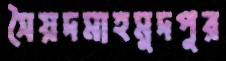
সৈয়দমাহমুদপুর